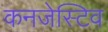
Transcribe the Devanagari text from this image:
कनजेस्टिव